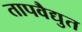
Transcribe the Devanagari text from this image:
तापवैद्युत